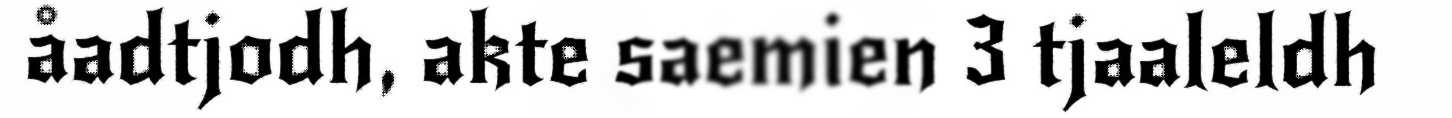
åadtjodh, akte saemien 3 tjaaleldh